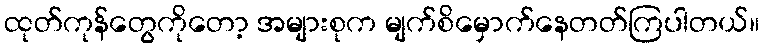
ထုတ်ကုန်တွေကိုတော့ အများစုက မျက်စိမှောက်နေတတ်ကြပါတယ်။